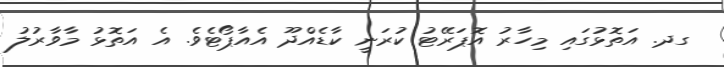
ގދ. އަތޮޅުގައި މިހާރު އޮޕަރޭޓު ކުރަނީ ކާޑެއްދޫ އެއާޕޯޓެވެ. އެ އަތޮޅު މާވާރުލު